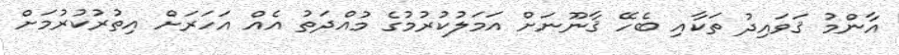
އާންމު ޤަވައިދު ތަކާއި ބެހޭ ޤާނޫނަށް އަމަލުކުރުމުގެ މުއްދަތު އެއް އަހަރަށް އިތުރުކުރުމަށް